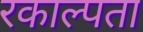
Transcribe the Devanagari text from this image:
रकाल्पता